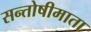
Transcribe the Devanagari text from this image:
सन्तोषीमाता